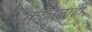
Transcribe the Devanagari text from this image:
कॉललाही